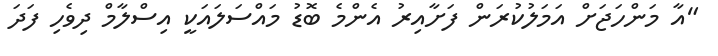
"އާ މަންހަޖަށް އަމަލުކުރަން ފަށާއިރު އެންމެ ބޮޑު މައްސަލައަކީ އިސްލާމް ދިވެހި ފަދަ